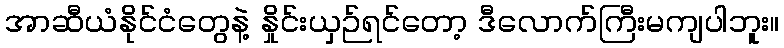
အာဆီယံနိုင်ငံတွေနဲ့ နှိုင်းယှဉ်ရင်တော့ ဒီလောက်ကြီးမကျပါဘူး။